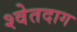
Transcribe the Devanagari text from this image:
श्वेतदाग